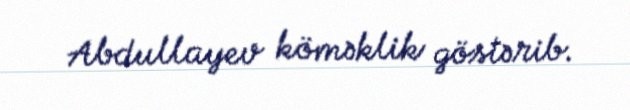
Abdullayev köməklik göstərib.